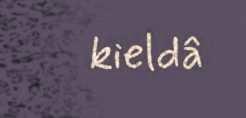
kieldâ